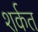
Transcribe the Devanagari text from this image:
शर्कत